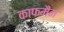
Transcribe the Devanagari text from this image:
काफमैन